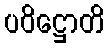
ပဝိဋ္ဌောတိ